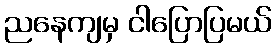
ညနေကျမှ ငါပြောပြမယ်